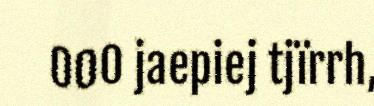
000 jaepiej tjïrrh,